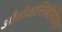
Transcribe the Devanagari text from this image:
औतोअन्तिबोदिएस